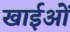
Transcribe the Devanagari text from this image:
खाईओं